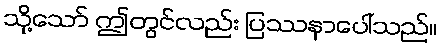
သို့သော် ဤတွင်လည်း ပြဿနာပေါ်သည်။